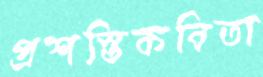
প্রশস্তিকবিতা